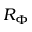
R _ { \Phi }